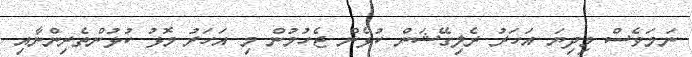
ނަމަވެސް މިދިޔަ އަހަރު ރެލިގޭޝަން ކުޅެން ޖެހުމުން މި އަހަރު މޮޅު ކުޅުންތެރިންނާއި